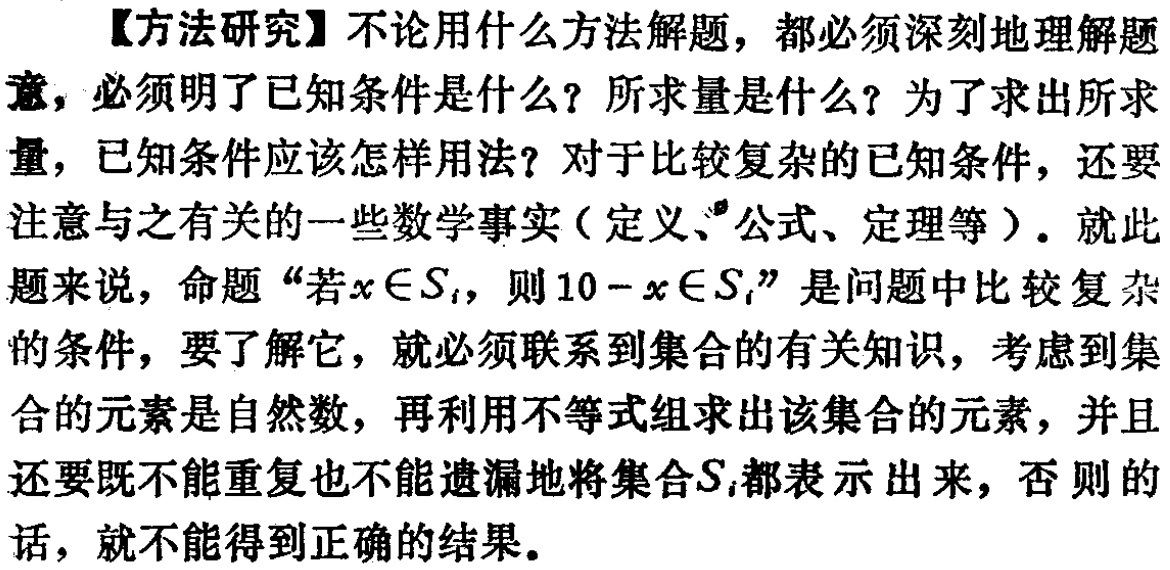
【方法研究】不论用什么方法解题，都必须深刻地理解题意，必须明了已知条件是什么？所求量是什么？为了求出所求量，已知条件应该怎样用法？对于比较复杂的已知条件，还要注意与之有关的一些数学事实（定义、公式、定理等）。就此题来说，命题“若\(x\in S_{i}\)，则\(10 - x\in S_{i}\)”是问题中比较复杂的条件，要了解它，就必须联系到集合的有关知识，考虑到集合的元素是自然数，再利用不等式组求出该集合的元素，并且还要既不能重复也不能遗漏地将集合\(S_{i}\)都表示出来，否则的话，就不能得到正确的结果。